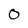
Character: 0